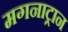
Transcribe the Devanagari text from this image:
मगनाट्रान